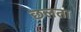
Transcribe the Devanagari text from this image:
छलता